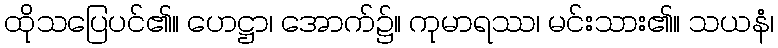
ထိုသပြေပင်၏။ ဟေဋ္ဌာ၊ အောက်၌။ ကုမာရဿ၊ မင်းသား၏။ သယနံ၊